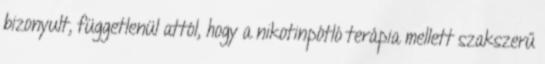
bizonyult, függetlenül attól, hogy a nikotinpótló terápia mellett szakszerű